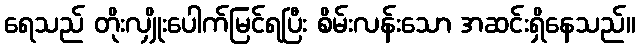
ရေသည် တိုးလျှိုးပေါက်မြင်ရပြီး စိမ်းလန်းသော အဆင်းရှိနေသည်။